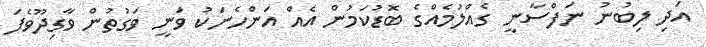
އަދި ލިބުނު ނަފްސާނީ ގެއްލުމެއްގެ ބޮޑުކަމުން އެއް އަންހެނަކު ވަނީ ވަގުތުން ވާގިދޫވެފަ